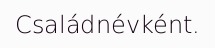
Családnévként.